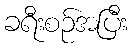
ခရီးစဉ်အပြီး